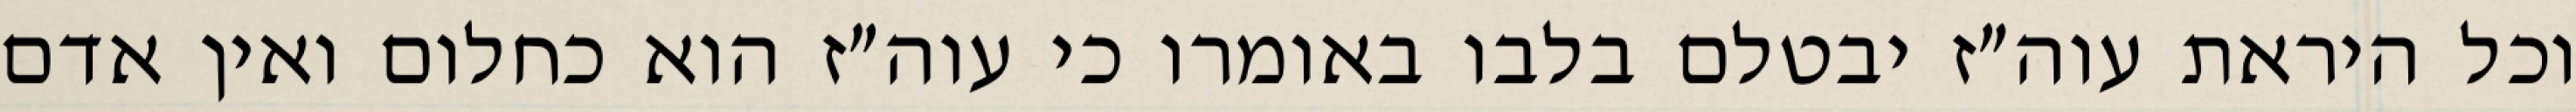
וכל היראת עוה״ז יבטלם בלבו באומרו כי עוה״ז הוא כחלום ואין אדם